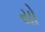
યો